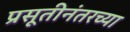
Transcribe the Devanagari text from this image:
प्रसूतीनंतरच्या